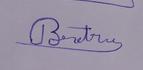
Signature authenticity: genuine